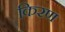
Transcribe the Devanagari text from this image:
किरण